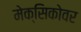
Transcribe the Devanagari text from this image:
मेक्सिकोवर